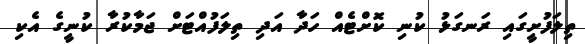
ތިލަފުށީގައި ރަނގަޅު ކުނި ކޮށްޓެއް ހަދާ އަދި ތިލަފުއްޓަށް ޖަމާކުރާ ކުނީގެ އެކި